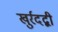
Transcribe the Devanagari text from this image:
खुर्रदद्बी